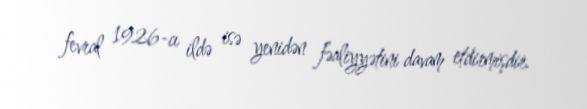
fevral 1926-cı ildə isə yenidən fəaliyyətini davam etdirmişdir.